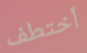
أختطف